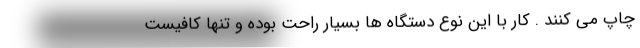
چاپ می کنند . کار با این نوع دستگاه ها بسیار راحت بوده و تنها کافیست